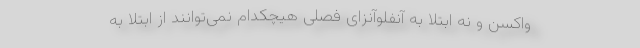
واکسن و نه ابتلا به آنفلوآنزای فصلی هیچکدام نمی‌توانند از ابتلا به